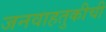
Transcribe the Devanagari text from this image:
जनवाहतुकीची